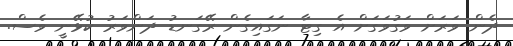
ދެން ވަރަށް ވަގުވަގަށް އެ ގިޓާ ނަގައިގެން ރޭގަނޑު ދަންވަރު ކުޅޭނީ ވެސް.